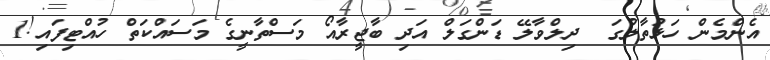
އެންމެން ހަޅުތާލުގަ  ދިލްވާލޭ ޑަންގަލް އަދި ބާޖީރާއޯ މަސްތާނީގެ މަސައްކަތް ހުއްޓިފައި!1